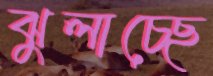
ঝুলাচ্ছে